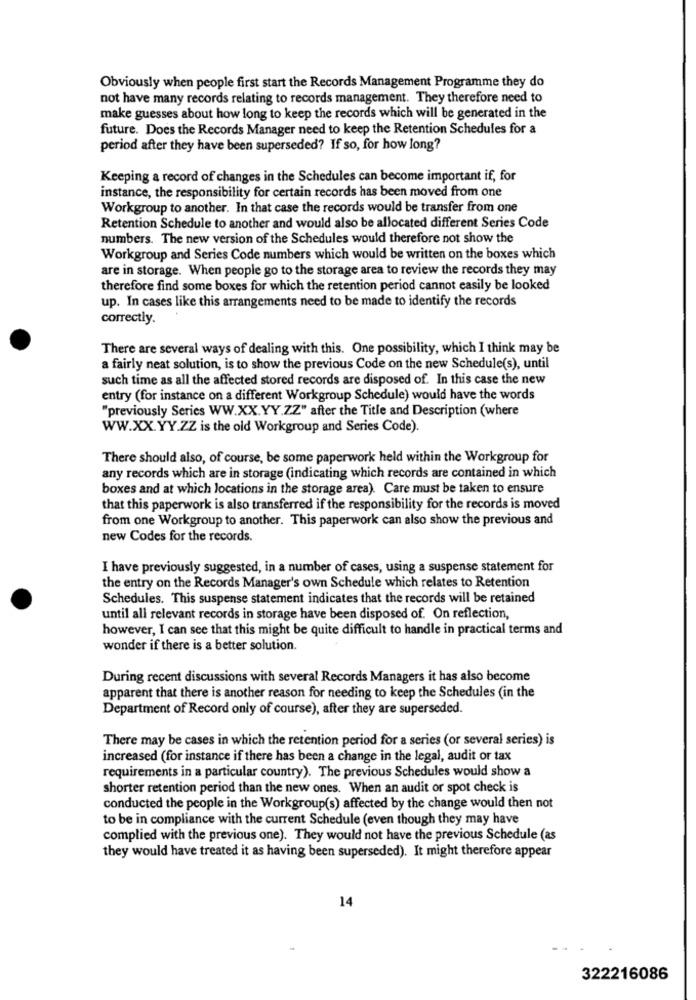
Obviously when people first start the Records Management Programme they do
not have many records relating to records management. They therefore need to
make guesses about how long to keep the records which will be generated in the
future. Does the Records Manager need to keep the Retention Schedules for a
period after they have been superseded? If so, for how long?
Keeping a record of changes in the Schedules can become important if, for
instance, the responsibility for certain records has been moved from one
Workgroup to another. In that case the records would be transfer from one
Retention Schedule to another and would also be allocated different Series Code
numbers. The new version of the Schedules would therefore not show the
Workgroup and Series Code numbers which would be written on the boxes which
are in storage. When people go to the storage area to review the records they may
therefore find some boxes for which the retention period cannot easily be looked
up. In cases like this arrangements need to be made to identify the records
correctly.
There are several ways of dealing with this. One possibility, which I think may be
a fairly neat solution, is to show the previous Code on the new Schedule(s), until
such time as all the affected stored records are disposed of. In this case the new
entry (for instance on a different Workgroup Schedule) would have the words
"previously Series WW.XX. YY.ZZ" after the Title and Description (where
WW.XX. YY.ZZ is the old Workgroup and Series Code).
There should also, of course, be some paperwork held within the Workgroup for
any records which are in storage (indicating which records are contained in which
boxes and at which locations in the storage area). Care must be taken to ensure
that this paperwork is also transferred if the responsibility for the records is moved
from one Workgroup to another. This paperwork can also show the previous and
new Codes for the records.
I have previously suggested, in a number of cases, using a suspense statement for
the entry on the Records Manager's own Schedule which relates to Retention
Schedules. This suspense statement indicates that the records will be retained
until all relevant records in storage have been disposed of. On reflection,
however, I can see that this might be quite difficult to handle in practical terms and
wonder if there is a better solution.
During recent discussions with several Records Managers it has also become
apparent that there is another reason for needing to keep the Schedules (in the
Department of Record only of course), after they are superseded.
There may be cases in which the retention period for a series (or several series) is
increased (for instance if there has been a change in the legal, audit or tax
requirements in a particular country). The previous Schedules would show a
shorter retention period than the new ones. When an audit or spot check is
conducted the people in the Workgroup(s) affected by the change would then not
to be in compliance with the current Schedule (even though they may have
complied with the previous one). They would not have the previous Schedule (as
they would have treated it as having been superseded). It might therefore appear
14
322216086